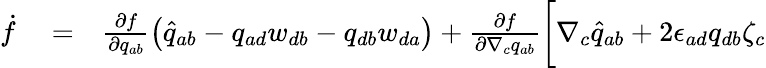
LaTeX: \begin{array}{rlr}{\dot{f}}&{{}=}&{\frac{\partial f}{\partial q_{ab}}\left(\widehat{q}_{ab}-q_{ad}w_{db}-q_{db}w_{da}\right)+\frac{\partial f}{\partial\nabla_{c}q_{ab}}\bigg[\nabla_{c}\widehat{q}_{ab}+2\epsilon_{ad}q_{db}\zeta_{c}}\end{array}